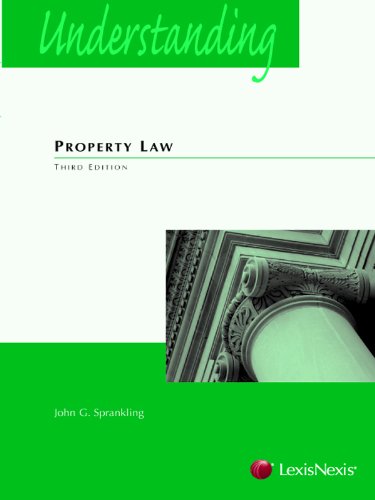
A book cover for Understanding Property Law; John G. Sprankling; Law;